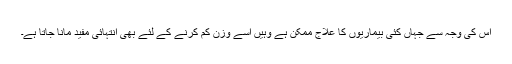
اس کی وجہ سے جہاں کئی بیماریوں کا علاج ممکن ہے وہیں اسے وزن کم کرنے کے لئے بھی انتہائی مفید مانا جاتا ہے۔